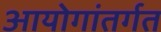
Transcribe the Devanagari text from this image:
आयोगांतर्गत